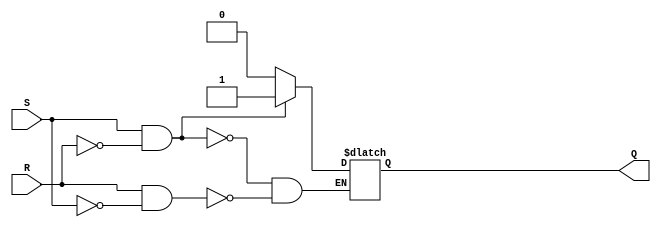
module sr_ff(input S, input R, output reg Q);

always @ (S or R)
begin
    if (S & ~R)
        Q <= 1;
    else if (R & ~S)
        Q <= 0;
end

endmodule